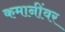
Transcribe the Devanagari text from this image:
कमानींवर